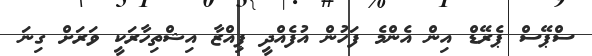
ސްޕޭސް ޕެރޭޑް އިން އެންމެ ފަހުން އުފެއްދީ ޕިއްޒާ އިޝްތިހާރަކީ ވަރަށް ގިނަ